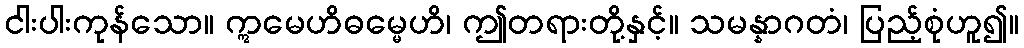
ငါးပါးကုန်သော။ ဣမေဟိဓမ္မေဟိ၊ ဤတရားတို့နှင့်။ သမန္နာဂတံ၊ ပြည့်စုံဟူ၍။